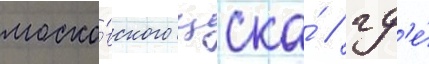
моско́вского цска́ / гд'е́